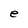
Character: e